Scottish Leaving Certificate Examination, 1961
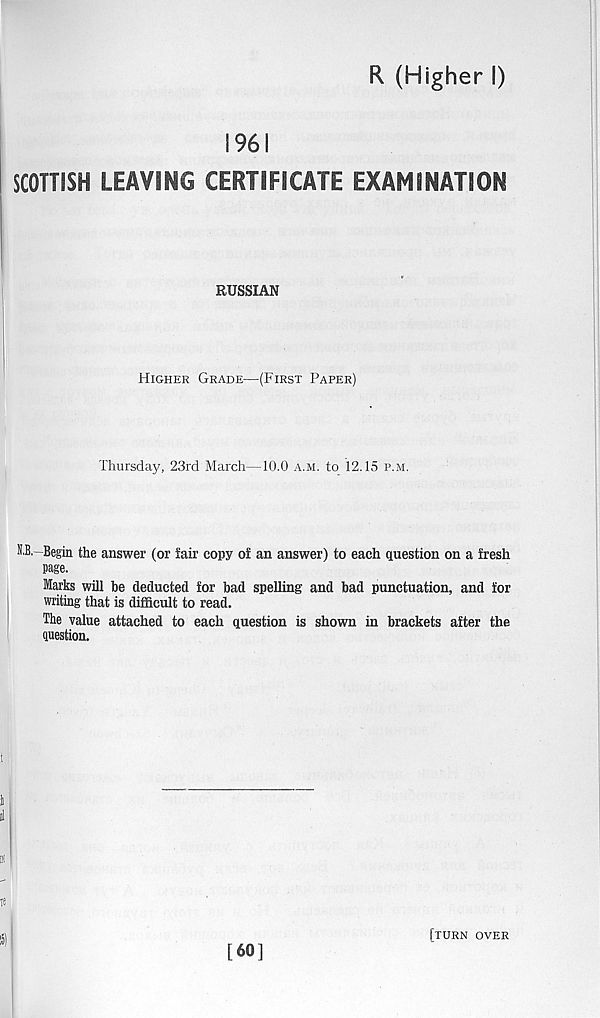
R (Higher I)
1961
SCOTTISH LEAVING CERTIFICATE EXAMINATION
RUSSIAN
Higher Grade—(First Paper)
Thursday, 23rd March—10.0 a.m. to 12.15 p.m.
O,-Begin the answer (or fair copy of an answer) to each question on a fresh
page.
larks will be deducted for bad spelling and bad punctuation, and for
writing that is difficult to read.
The value attached to each question is shown in brackets after the
question.
[60]
[turn over